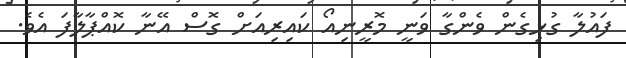
ފައުލާ ގުޅިގެން ވެންގާ ވަނީ މޮރީނިއޯ ކައިރިއަށް ގޮސް އޭނާ ކޮއްޕާލާފަ އެވެ.